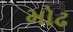
મોઢ